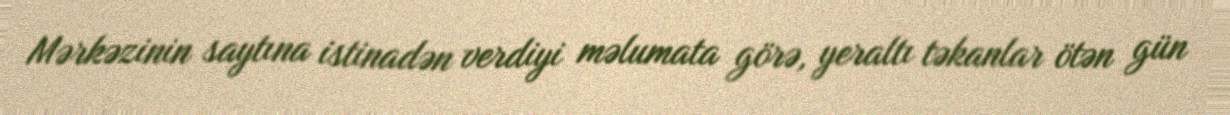
Mərkəzinin saytına istinadən verdiyi məlumata görə, yeraltı təkanlar ötən gün